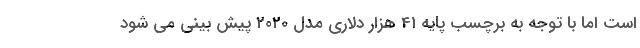
است اما با توجه به برچسب پایه 41 هزار دلاری مدل 2020 پیش بینی می شود